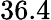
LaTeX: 36.4